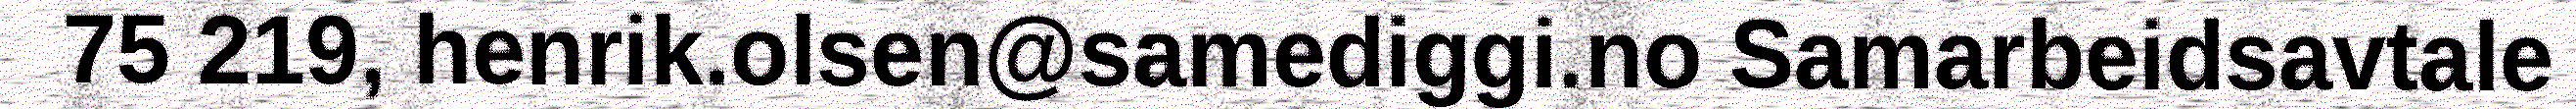
75 219, henrik.olsen@samediggi.no Samarbeidsavtale